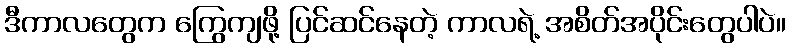
ဒီကာလတွေက ကြွေကျဖို့ ပြင်ဆင်နေတဲ့ ကာလရဲ့ အစိတ်အပိုင်းတွေပါပဲ။